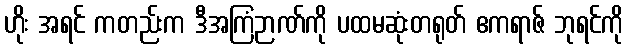
ဟိုး အရင် ကတည်းက ဒီအကြံဉာဏ်ကို ပထမဆုံးတရုတ် ဧကရာဇ် ဘုရင်ကို